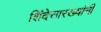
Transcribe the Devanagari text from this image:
शिंदेसारख्यांनी